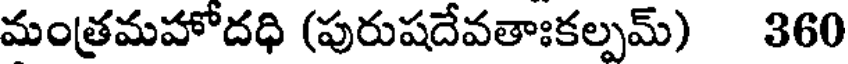
మంత్రమహోదధి (పురుషదేవతాఃకల్పమ్) 360